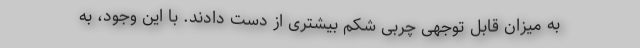
به میزان قابل توجهی چربی شکم بیشتری از دست دادند. با این وجود، به